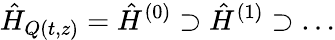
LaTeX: \hat{H}_{Q(t,z)}=\hat{H}^{(0)}\supset\hat{H}^{(1)}\supset\ldots